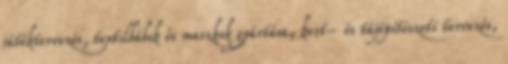
játéktervezés, textilbábok és maszkok gyártása, kert- és tájépítészeti tervezés,